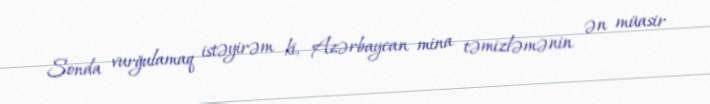
Sonda vurğulamaq istəyirəm ki, Azərbaycan mina təmizləmənin ən müasir